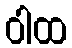
ဝါထ